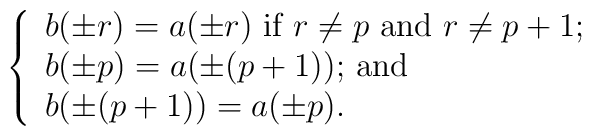
\left \{\begin{array}{l}     b(\pm r) = a(\pm r) \mbox{ if $r \neq p$ and $r \neq p+1$;} \\     b(\pm p) = a(\pm (p+1)) \mbox{; and} \\     b(\pm (p+1)) = a(\pm p).  \end{array} \right.